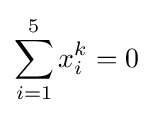
\sum _{i=1}^{5}x_{i}^{k}=0